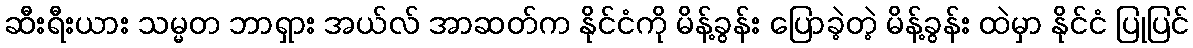
ဆီးရီးယား သမ္မတ ဘာရှား အယ်လ် အာဆတ်က နိုင်ငံကို မိန့်ခွန်း ပြောခဲ့တဲ့ မိန့်ခွန်း ထဲမှာ နိုင်ငံ ပြုပြင်